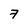
Character: 7